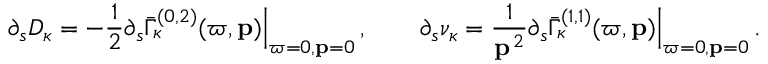
\partial _ { s } D _ { \kappa } = - \frac 1 2 \partial _ { s } \bar { \Gamma } _ { \kappa } ^ { ( 0 , 2 ) } ( \varpi , { \bf p } ) \Big | _ { \varpi = 0 , { \bf p } = 0 } \, , \qquad \partial _ { s } \nu _ { \kappa } = \frac { 1 } { { \bf p } ^ { \, 2 } } \partial _ { s } \bar { \Gamma } _ { \kappa } ^ { ( 1 , 1 ) } ( \varpi , { \bf p } ) \Big | _ { \varpi = 0 , { \bf p } = 0 } \, .